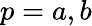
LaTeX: p=a,b